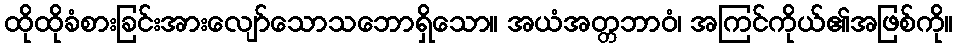
ထိုထိုခံစားခြင်းအားလျော်သောသဘောရှိသော။ အယံအတ္တဘာဝံ၊ အကြင်ကိုယ်၏အဖြစ်ကို။